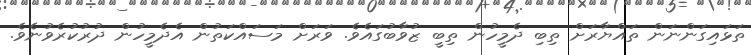
ތަޅައިގަންނަން ތައްޔާރަށް ތިބި ދެމީހުން ތިބީ ޒުވާބުގައެވެ. ވަރަށް މަސައްކަތުން އެދެމީހުން ދުރުކުރެވުނެވެ.